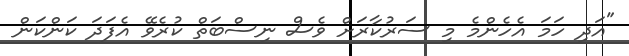
"އަދި ހަމަ އެހެންމެ މި ސަރުކާރަށް ވެސް ނިސްބަތް ކުރެވޭ އެފަދަ ކަންކަން